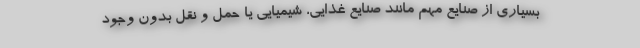
بسیاری از صنایع مهم مانند صنایع غذایی، شیمیایی یا حمل و نقل بدون وجود